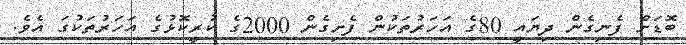
ބޮޑަށް ފެނިގެން ދިޔައީ 80ގެ އަހަރުތަކުން ފެށިގެން 2000ގެ ކުރީކޮޅުގެ އަހަރުތަކުގަ އެވެ.